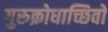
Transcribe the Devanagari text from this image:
गुरुक्रोधाच्छिवो